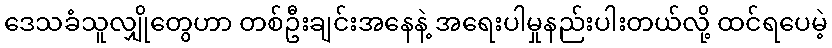
ဒေသခံသူလျှိုတွေဟာ တစ်ဦးချင်းအနေနဲ့ အရေးပါမှုနည်းပါးတယ်လို့ ထင်ရပေမဲ့